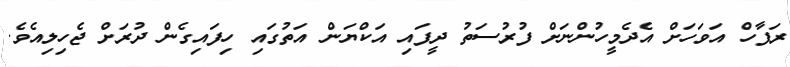
ރަފާހް އަވަހަށް އެދެމީހުންނަށް ފުރުސަތު ދީފައި އަކްޔަން އަތުގައި ހިފައިގެން ދުރަށް ޖެހިލިއެވެ.